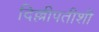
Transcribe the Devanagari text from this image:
दिल्लीपतीशी